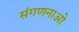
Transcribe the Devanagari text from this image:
संगणनाओ